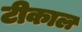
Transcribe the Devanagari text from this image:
टीकाल